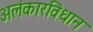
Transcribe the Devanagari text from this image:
अलंकारविधान